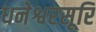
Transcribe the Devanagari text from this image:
धनेश्वरसूरि